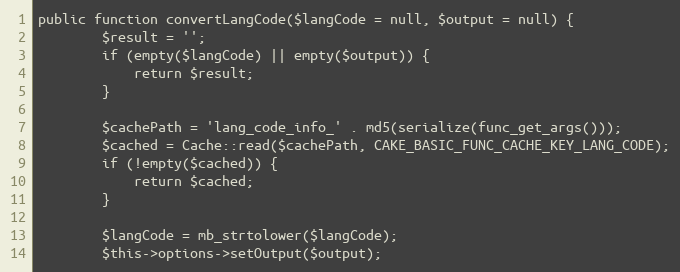
Language: PHP
public function convertLangCode($langCode = null, $output = null) {
		$result = '';
		if (empty($langCode) || empty($output)) {
			return $result;
		}

		$cachePath = 'lang_code_info_' . md5(serialize(func_get_args()));
		$cached = Cache::read($cachePath, CAKE_BASIC_FUNC_CACHE_KEY_LANG_CODE);
		if (!empty($cached)) {
			return $cached;
		}

		$langCode = mb_strtolower($langCode);
		$this->options->setOutput($output);